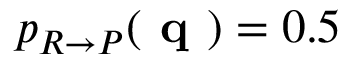
p _ { R \rightarrow P } ( \textbf { q } ) = 0 . 5